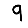
Digit: 9